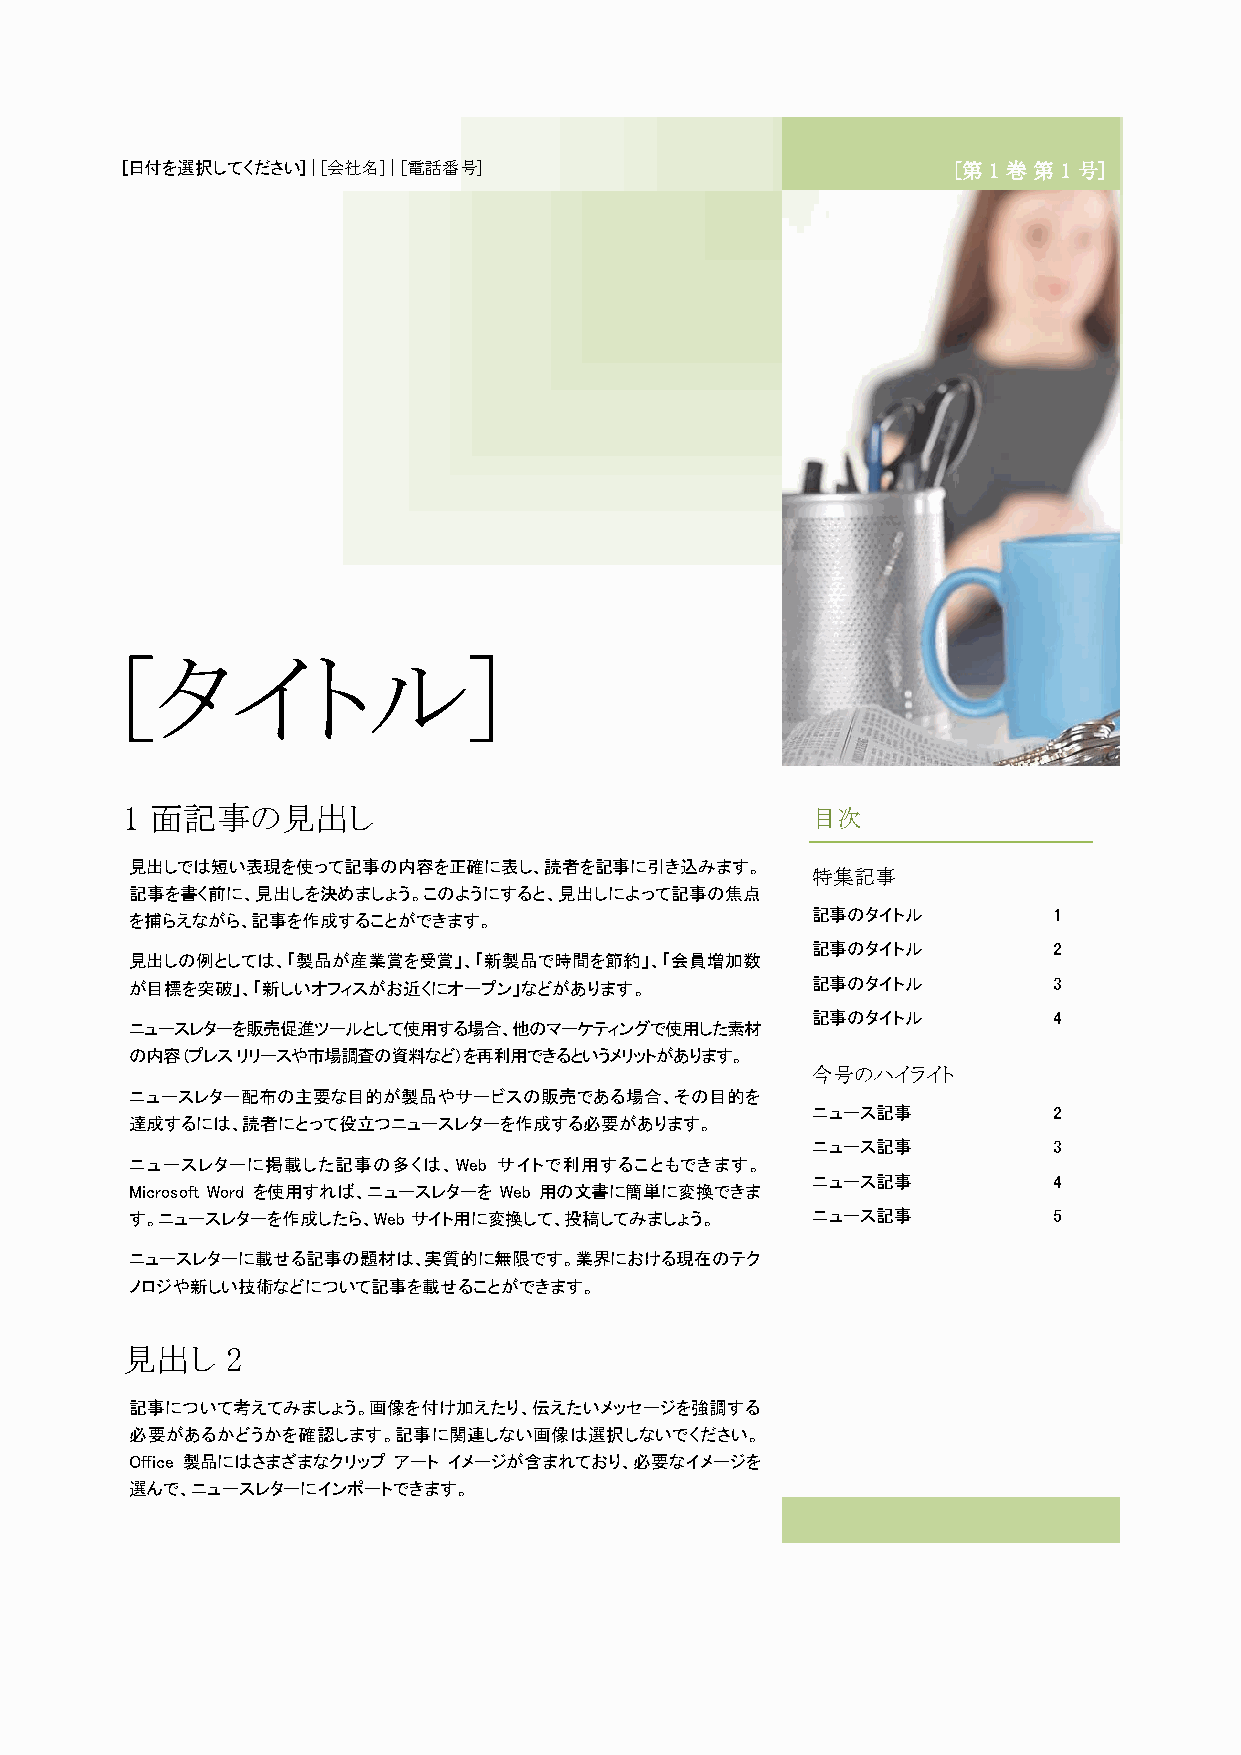
[日付を選択してください] | [会社名] | [電話番号]                         [第 1 巻 第 1 号]
 [タイトル]
 1 面記事の見出し                                     目次
 見出しでは短い表現を使って記事の内容を正確に表し、読者を記事に引き込みます。
 特集記事
 記事を書く前に、見出しを決めましょう。このようにすると、見出しによって記事の焦点
 を捕らえながら、記事を作成することができます。                      記事のタイトル         1
 記事のタイトル         2
 見出しの例としては、「製品が産業賞を受賞」、「新製品で時間を節約」、「会員増加数
 が目標を突破」、「新しいオフィスがお近くにオープン」などがあります。           記事のタイトル         3
 記事のタイトル         4
 ニュースレターを販売促進ツールとして使用する場合、他のマーケティングで使用した素材
 の内容 (プレス リリースや市場調査の資料など) を再利用できるというメリットがあります。
 今号のハイライト
 ニュースレター配布の主要な目的が製品やサービスの販売である場合、その目的を
 ニュース記事          2
 達成するには、読者にとって役立つニュースレターを作成する必要があります。
 ニュース記事          3
 ニュースレターに掲載した記事の多くは、Web  サイトで利用することもできます。
 ニュース記事          4
 Microsoft Word を使用すれば、ニュースレターを Web 用の文書に簡単に変換できま
 す。ニュースレターを作成したら、Web サイト用に変換して、投稿してみましょう。     ニュース記事          5
 ニュースレターに載せる記事の題材は、実質的に無限です。業界における現在のテク
 ノロジや新しい技術などについて記事を載せることができます。
 見出し    2
 記事について考えてみましょう。画像を付け加えたり、伝えたいメッセージを強調する
 必要があるかどうかを確認します。記事に関連しない画像は選択しないでください。
 Office 製品にはさまざまなクリップ アート イメージが含まれており、必要なイメージを
 選んで、ニュースレターにインポートできます。